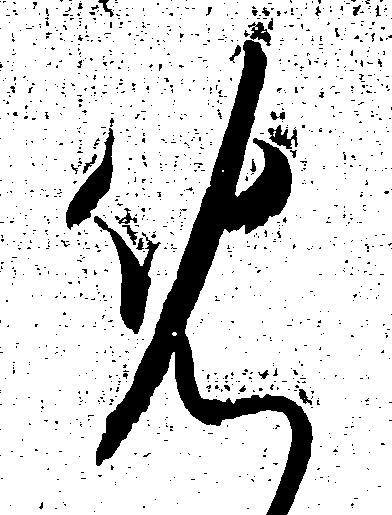
め